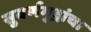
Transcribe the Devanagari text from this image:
सुवर्णमुद्रांचा